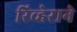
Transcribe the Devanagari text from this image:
रिव्हेराने